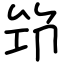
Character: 笻